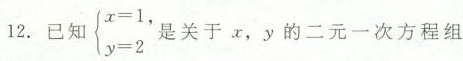
2. 已知$$\begin{cases} x=1,